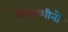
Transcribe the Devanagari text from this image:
पेंचमशीनों